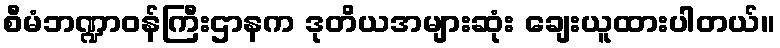
စီမံဘဏ္ဍာဝန်ကြီးဌာနက ဒုတိယအများဆုံး ချေးယူထားပါတယ်။